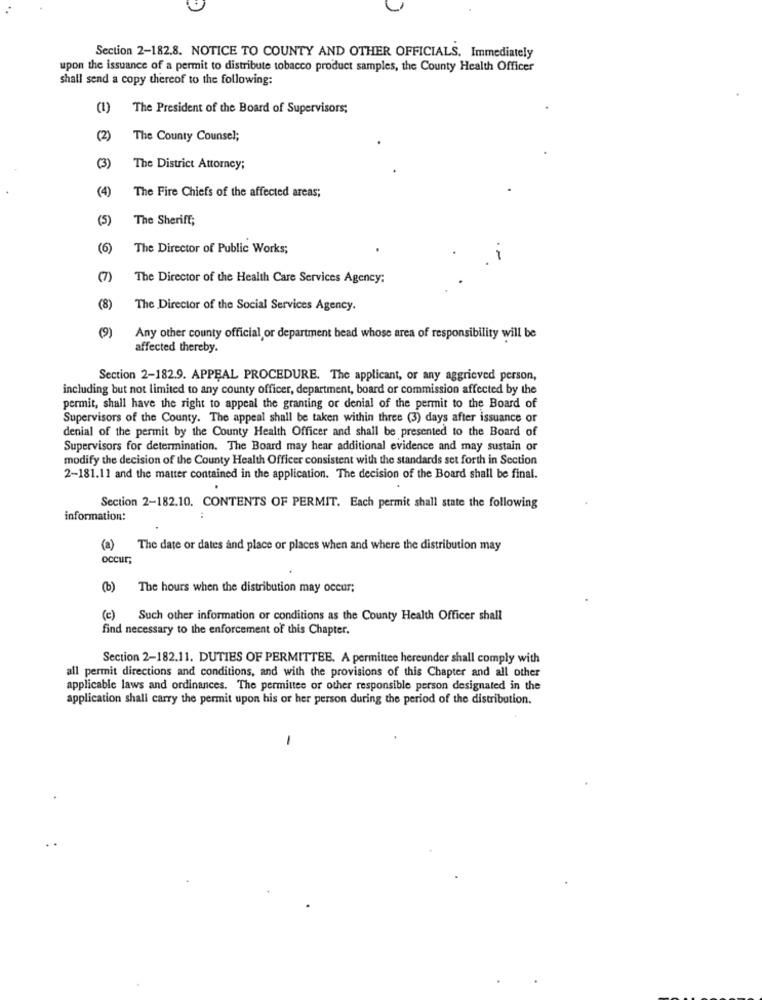
Section 2-182.8. NOTICE TO COUNTY AND OTHER OFFICIALS. Immediately
upon the issuance of a permit to distribute tobacco product samples, the County Health Officer
shall send a copy thereof to the following:
(1)
The President of the Board of Supervisors;
(2)
The County Counsel;
(3)
The District Attorney;
(4)
The Fire Chiefs of the affected areas;
(5)
The Sheriff;
(6)
The Director of Public Works;
(7)
The Director of the Health Care Services Agency:
(8)
The Director of the Social Services Agency.
(9)
Any other county official or department head whose area of responsibility will be
affected thereby.
Section 2-182.9. APPEAL PROCEDURE. The applicant, or any aggrieved person,
including but not limited to any county officer, department, board or commission affected by the
permit, shall have the right to appeal the granting or denial of the permit to the Board of
Supervisors of the County. The appeal shall be taken within three (3) days after issuance or
denial of the permit by the County Health Officer and shall be presented to the Board of
Supervisors for determination. The Board may hear additional evidence and may sustain or
modify the decision of the County Health Officer consistent with the standards set forth in Section
2-181.11 and the matter contained in the application. The decision of the Board shall be final.
Section 2-182.10. CONTENTS OF PERMIT. Each permit shall state the following
information:
(a) The date or dates and place or places when and where the distribution may
occur;
(b) The hours when the distribution may occur;
(c) Such other information or conditions as the County Health Officer shall
find necessary to the enforcement of this Chapter.
Section 2-182.11. DUTIES OF PERMITTEE. A permittee hereunder shall comply with
all permit directions and conditions, and with the provisions of this Chapter and all other
applicable laws and ordinances. The permittee or other responsible person designated in the
application shall carry the permit upon his or her person during the period of the distribution.
-